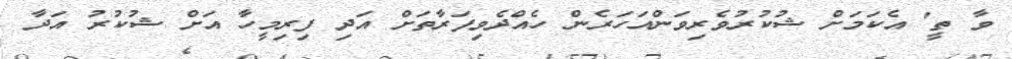
ވާ ތީ' އެކަމަށް ޝުކުރުވެރިވަންއަހަރެން ހެއްދެވިފަރާތަށް އަދި ފިރިމީހާ އަށް ޝުކުރު އަދާ